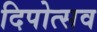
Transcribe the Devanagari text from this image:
दिपोत्सव